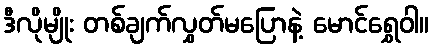
ဒီလိုမျိုး တစ်ချက်လွှတ်မပြောနဲ့ မောင်ရွှေဝါ။